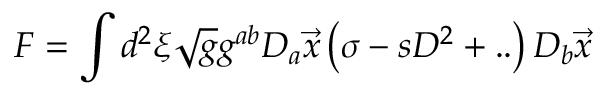
F = \int d ^ { 2 } \xi \sqrt { g } g ^ { a b } D _ { a } \vec { x } \left( \sigma - s D ^ { 2 } + . . \right) D _ { b } \vec { x }